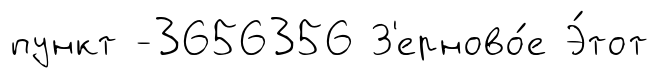
пункт -3656356 З'ерново́е Э́тот